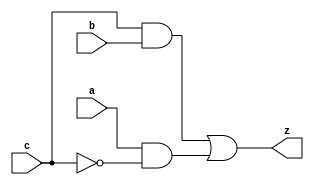
module yMux1(z,a,b,c);
output z;                   //1 bit wire
input a, b, c;              //1 bit wires
wire notC, upper, lower; 
not (notC, c);              //notC=~c
and upperAnd(lower,a,notC);    //lower= a & ~c
and lowerAnd(upper, c,b) ;       //upper=c & b
or (z, upper, lower);            //z= upper | lower

endmodule

module yMux2(z, a, b, c);

output [1:0] z;
input [1:0] a,b;
input c;
yMux1 upper(z[0], a[0], b[0], c);
yMux1 lower(z[1], a[1], b[1],c);

endmodule 

module labL;
integer i, j, k;
reg [1:0]a,b, expectS;
reg c;
wire [1:0]z;
yMux2 mine(z,a,b,c);
initial
begin
for (i = 0; i < 4; i = i + 1)
    begin
        for (j = 0; j < 4; j = j + 1)
        begin
            for(k=0; k < 2; k = k + 1)
            begin
                a = i; b = j; c = k;
                expectS=c===1?b:a;  //(a+b+c)&3;
                 #1 
                 if(expectS===z)
                 $display("a=%b b=%b c=%b z=%b", a, b,c, z);
            end
         end
    end
    $finish;
end
endmodule